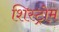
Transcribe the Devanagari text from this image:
शिस्ट्रोम